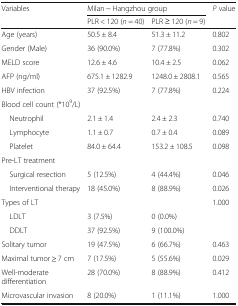
| <ROWSPAN=2> Variables | <COLSPAN=2> Milan ~ Hangzhou group | <ROWSPAN=2> P value |
 | PLR < 120 (n = 40) | PLR ≥ 120 (n = 9) |
 | --- | --- | --- | --- |
 | Age (years) | 50.5 ± 8.4 | 51.3 ± 11.2 | 0.802 |
 | Gender (Male) | 36 (90.0%) | 7 (77.8%) | 0.302 |
 | MELD score | 12.6 ± 4.6 | 10.4 ± 2.5 | 0.062 |
 | AFP (ng/ml) | 675.1 ± 1282.9 | 1248.0 ± 2808.1 | 0.565 |
 | HBV infection | 37 (92.5%) | 7 (77.8%) | 0.224 |
 | <COLSPAN=4> Blood cell count (*109/L) |
 | Neutrophil | 2.1 ± 1.4 | 2.4 ± 2.3 | 0.740 |
 | Lymphocyte | 1.1 ± 0.7 | 0.7 ± 0.4 | 0.089 |
 | Platelet | 84.0 ± 64.4 | 153.2 ± 108.5 | 0.098 |
 | <COLSPAN=4> Pre-LT treatment |
 | Surgical resection | 5 (12.5%) | 4 (44.4%) | 0.046 |
 | Interventional therapy | 18 (45.0%) | 8 (88.9%) | 0.026 |
 | Types of LT |  |  | 1.000 |
 | LDLT | 3 (7.5%) | 0 (0.0%) |  |
 | DDLT | 37 (92.5%) | 9 (100.0%) |  |
 | Solitary tumor | 19 (47.5%) | 6 (66.7%) | 0.463 |
 | Maximal tumor ≥ 7 cm | 7 (17.5%) | 5 (55.6%) | 0.029 |
 | Well-moderate differentiation | 28 (70.0%) | 8 (88.9%) | 0.412 |
 | Microvascular invasion | 8 (20.0%) | 1 (11.1%) | 1.000 |